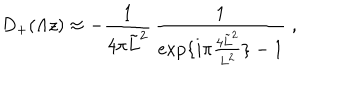
D _ { + } ( \Lambda z ) \approx - \frac { 1 } { 4 \pi \tilde { L } ^ { 2 } } \, \frac { 1 } { \exp \{ i \pi \frac { 4 \tilde { L } ^ { 2 } } { L ^ { 2 } } \} - 1 } \; ,